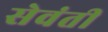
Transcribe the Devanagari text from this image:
सेवंती